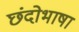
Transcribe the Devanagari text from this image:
छंदोभाषा